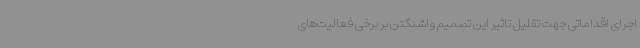
اجرای اقداماتی جهت تقلیل تاثیر این تصمیم واشنگتن بر برخی فعالیت‌های